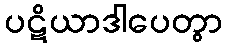
ပဋိယာဒါပေတွာ